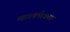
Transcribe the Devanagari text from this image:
महावज्रभैरवतंत्र